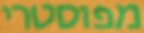
מפוסטרי